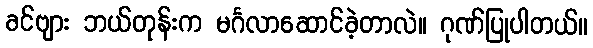
ခင်ဗျား ဘယ်တုန်းက မင်္ဂလာဆောင်ခဲ့တာလဲ။ ဂုဏ်ပြုပါတယ်။